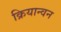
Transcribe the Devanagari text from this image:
क्रियान्‍वन